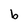
Character: b